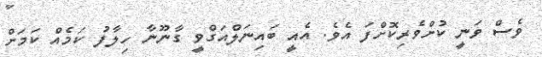
ވެސް ވަނީ ކުށްވެރިކޮށްފަ އެވެ. އެއީ ބައިނަލްއަގްވީ ގާނޫނާ ހިލާފު ކަމެއް ކަމަށް